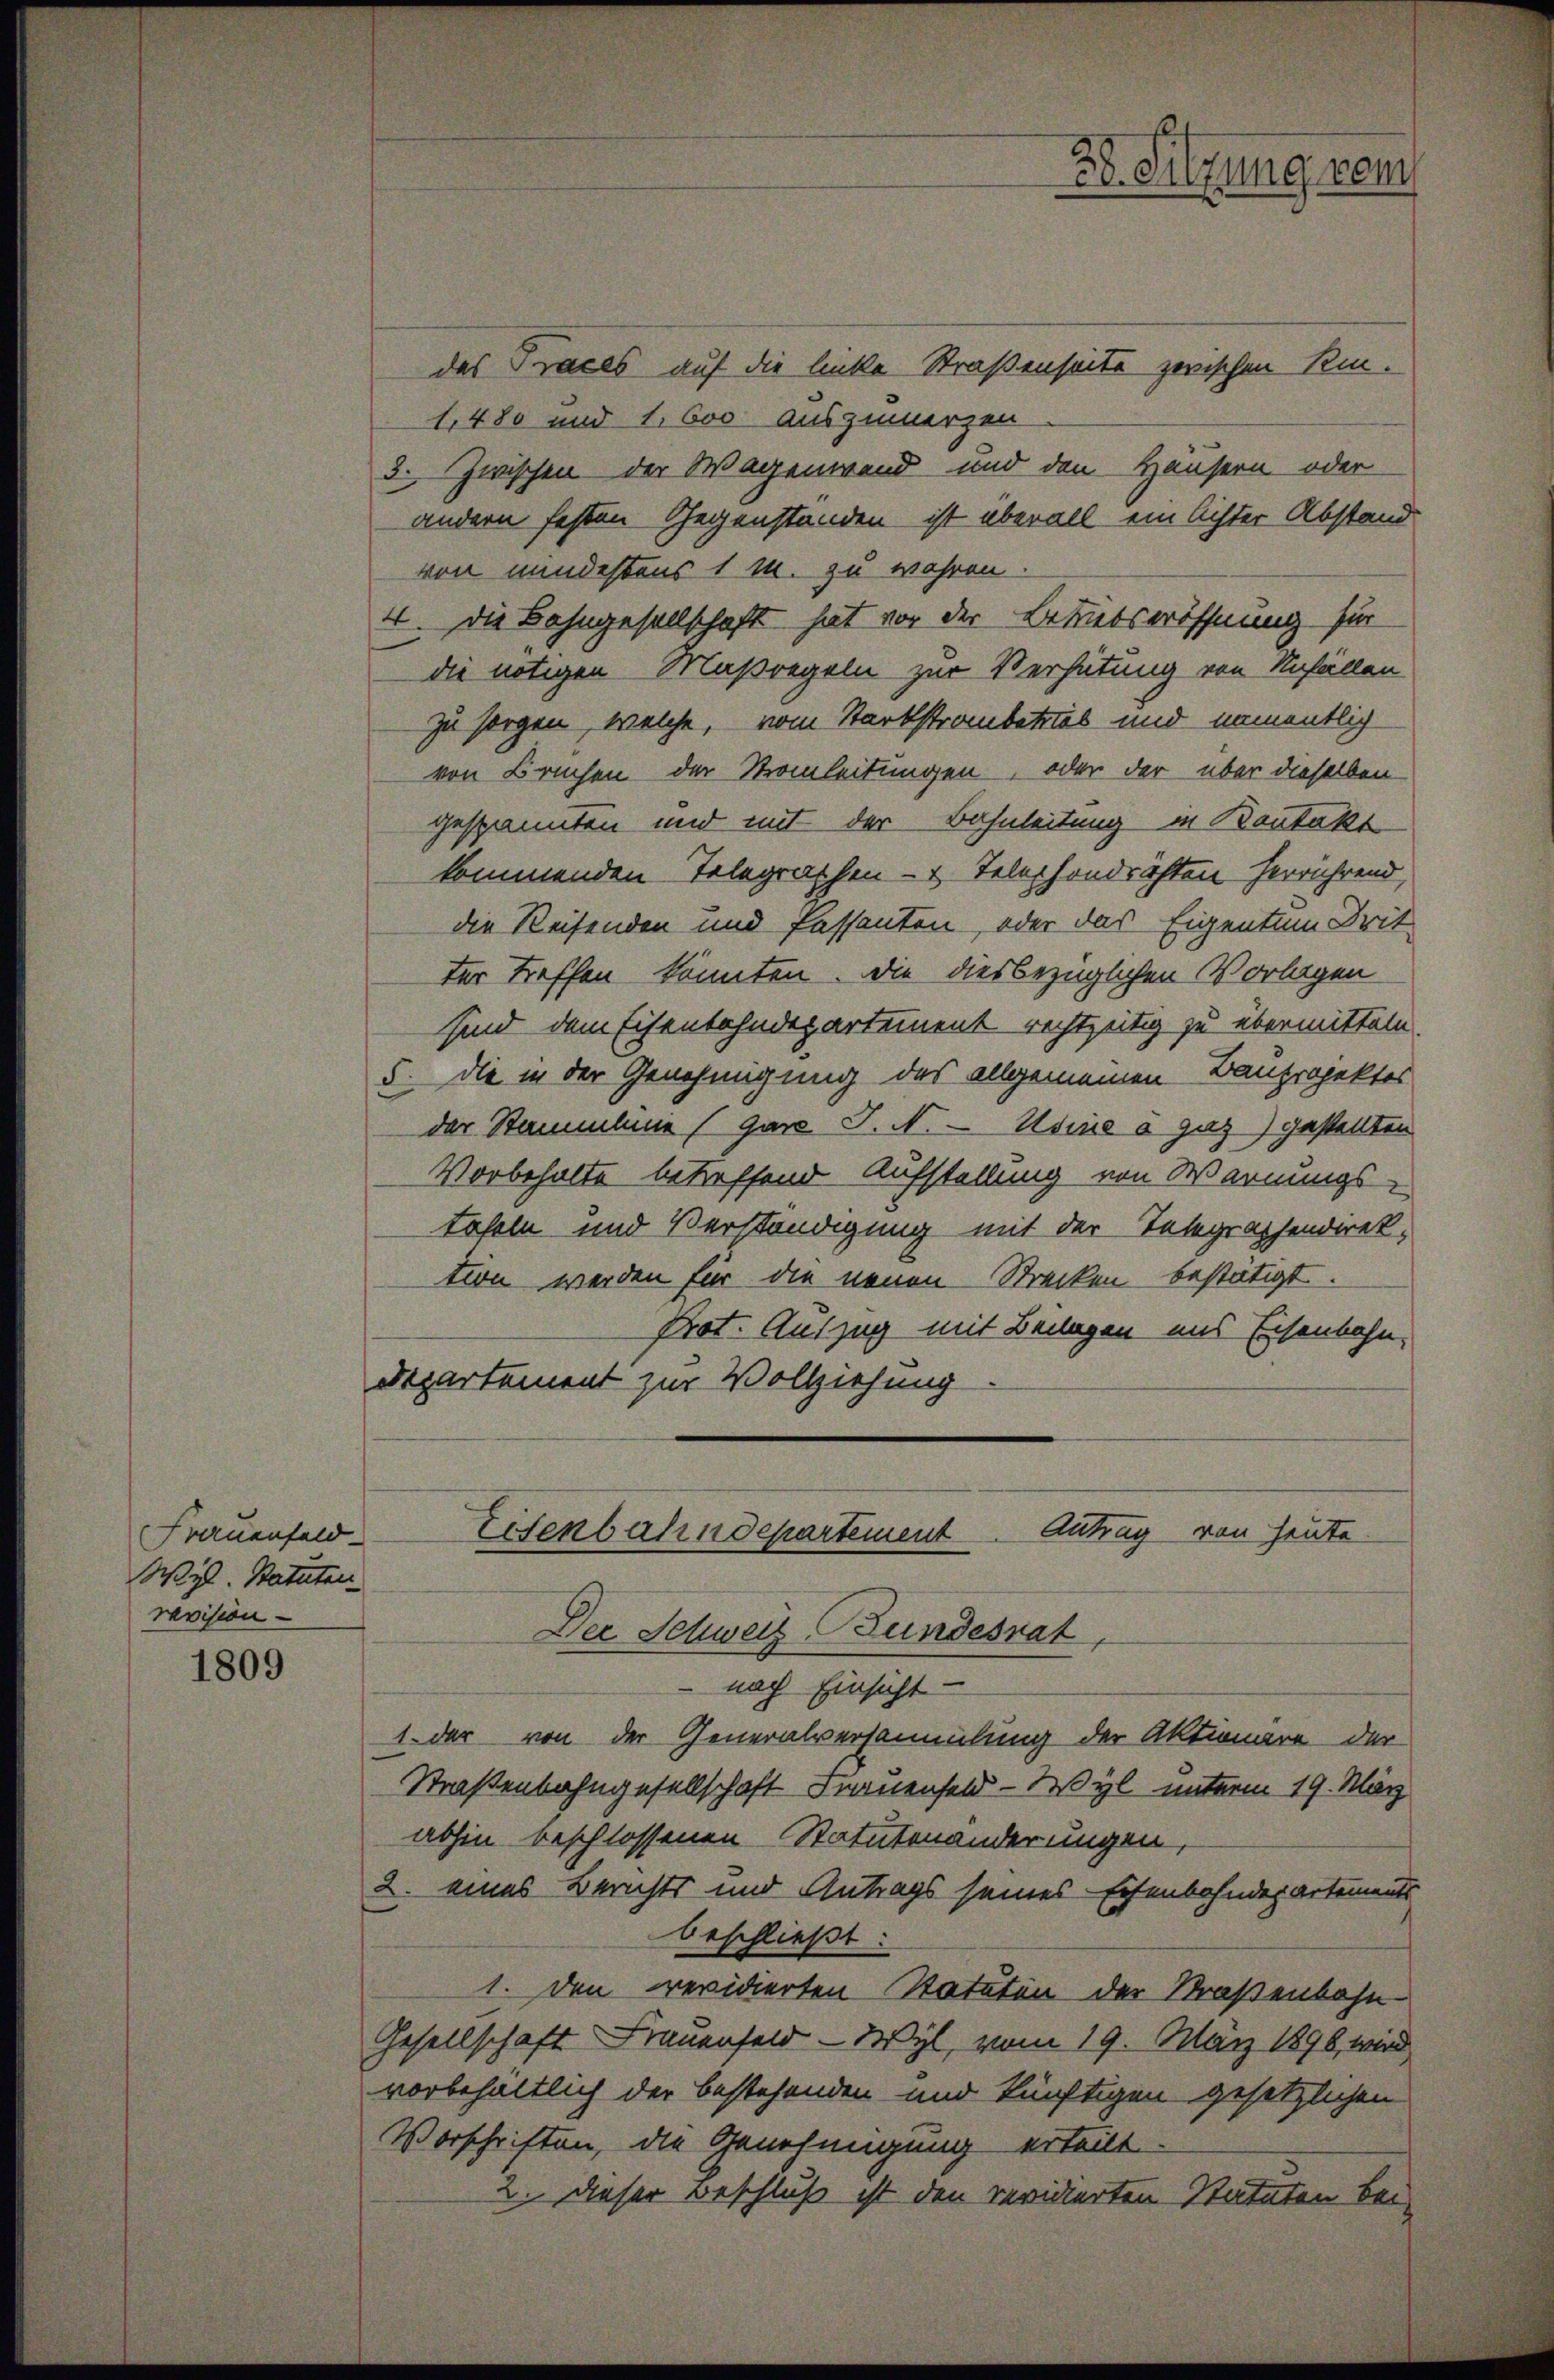
Frauenfeld
Wyl. Statuten
revision

1809

das Praces auf die linke Straßenseite zwischen Kin¬
1480 und 1. 600 auszumerzen
3. Zwischen der Wagenwand und den Häusern oder
andern festen Gegenständen ist überall ein Achter Abstand
von mindestens 1 M. zu wahren.
4. Die Bahngesellschaft hat vor der Betriebseröffnung für
die nötigen Maßregeln zur Verhütung von Unfällen
zu sorgen, welche, vom Starkstrambetas und namentlich
von Bruchen der Strauleitungen, oder der über dieselben
gespannten und mit der Bahnleitung in Bantakt
kommenden Telegraphen- u. Telephondrichten herrührend,
die Reisenden und Passanten, oder das Eigentum Drit
ter treffen könnten. Die diesbezüglichen Vorlagen
sind dem Eisenbahndepartement rechtzeitig zu übermitteln.
5. die in der Genehmigung des allgemeinen Bauprojektes
der Stammlung (gare J. N. — Usine a gaz) gestellten
Vorbehalte betreffend Aufstellung von Warnungs-
tafeln und Verständigung mit der Telegraphendirek-
tion werden für die neuen Strecken bestätigt.
Prot. Auszug mit Benagen uns Eisenbahn.
Departement zur Vollziehung

38. Sitzung vom

Eisenbahndepartement Antrag von heute
Der Schweiz Bundesrat

nach Einsicht
1. der von der Generalversammlung der Aktionare der
Straßenbahngesellschaft Frauenfeld - Wyl unterm 19. März
abhin beschlossenen Statutenänderungen,
2. eines Berichts und Antrags seines Eisenbahndepartements
beschließt:
1. Den revidierten Statuten der Straßenbahn-
Gesellschaft Frauenfeld - Wyl, vom 19. März 1890 wird
vorbehältlich der bestehenden und künftigen gesetzlichen
Vorschriften, die Genehmigung erteilt.
2. Dieser Beschluß ist den revidierten Statuten bei